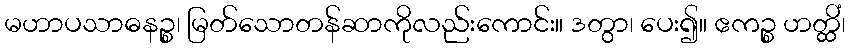
မဟာပသာဓနဉ္စ၊ မြတ်သောတန်ဆာကိုလည်းကောင်း။ ဒတွာ၊ ပေး၍။ ဧကဉ္စ ဟတ္ထိံ၊